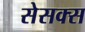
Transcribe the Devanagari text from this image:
सेसक्स